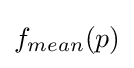
f_{mean}(p)